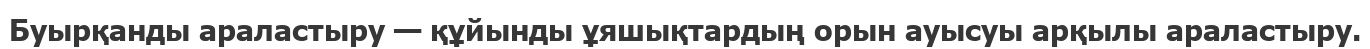
Буырқанды араластыру — құйынды ұяшықтардың орын ауысуы арқылы араластыру.